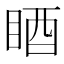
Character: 𥆺